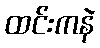
ထင်းကနဲ